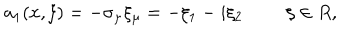
a _ { 1 } ( x , \xi ) = - \sigma _ { \mu } \xi _ { \mu } = - \xi _ { 1 } - i \xi _ { 2 } \, \, \, \, \, \, \, \, \, \, \, \, \, \, \xi \in R ,